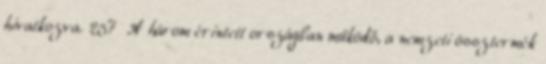
hivatkozva. 257 A három érintett országban működő, a nemzeti össztermék